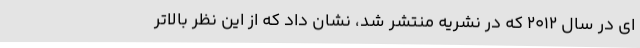
ای در سال 2012 که در نشریه منتشر شد، نشان داد که از این نظر بالاتر